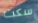
سكت